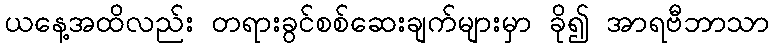
ယနေ့အထိလည်း တရားခွင်စစ်ဆေးချက်များမှာ ခို၍ အာရဗီဘာသာ